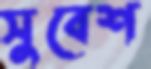
সুবেশ